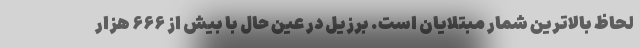
لحاظ بالاترین شمار مبتلایان است. برزیل در عین حال با بیش از ۶۶۶ هزار